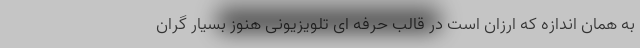
به همان اندازه که ارزان است در قالب حرفه ای تلویزیونی هنوز بسیار گران